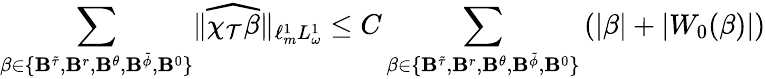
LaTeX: \sum_{\beta\in\{ {\mathbf B}^{\tilde{\tau}},{\mathbf B}^{r},{\mathbf B}^{\theta},{\mathbf B}^{\tilde{\phi}},{\mathbf B}^{0}\} }\lVert\widehat{\chi_{\mathcal{T}}\beta}\rVert_{\ell_{m}^{1}L_{\omega}^{1}}\leq C\sum_{\beta\in\{ {\mathbf B}^{\tilde{\tau}},{\mathbf B}^{r},{\mathbf B}^{\theta},{\mathbf B}^{\tilde{\phi}},{\mathbf B}^{0}\} }\left(|\beta|+|W_{0}(\beta)|\right)